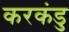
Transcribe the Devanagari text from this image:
करकंडु